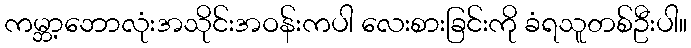
ကမ္ဘာ့ဘောလုံးအသိုင်းအဝန်းကပါ လေးစားခြင်းကို ခံရသူတစ်ဦးပါ။